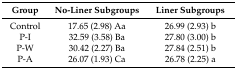
| Group | No-Liner Subgroups | Liner Subgroups |
 | --- | --- | --- |
 | Control | 17.65 (2.98) Aa | 26.99 (2.93) b |
 | P-I | 32.59 (3.58) Ba | 27.80 (3.00) b |
 | P-W | 30.42 (2.27) Ba | 27.84 (2.51) b |
 | P-A | 26.07 (1.93) Ca | 26.78 (2.25) a |